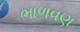
ભાળવણ